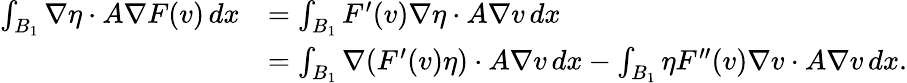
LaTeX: \begin{array}{rl}{\int_{B_{1}}\nabla\eta\cdot A\nabla F(v)\, dx}&{=\int_{B_{1}}F^{\prime}(v)\nabla\eta\cdot A\nabla v\, dx}\\ &{=\int_{B_{1}}\nabla(F^{\prime}(v)\eta)\cdot A\nabla v\, dx-\int_{B_{1}}\eta F^{\prime\prime}(v)\nabla v\cdot A\nabla v\, dx.}\end{array}